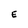
Character: E